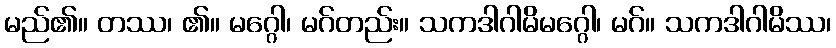
မည်၏။ တဿ၊ ၏။ မဂ္ဂေါ၊ မဂ်တည်း။ သကဒါဂါမိမဂ္ဂေါ၊ မဂ်။ သကဒါဂါမိဿ၊